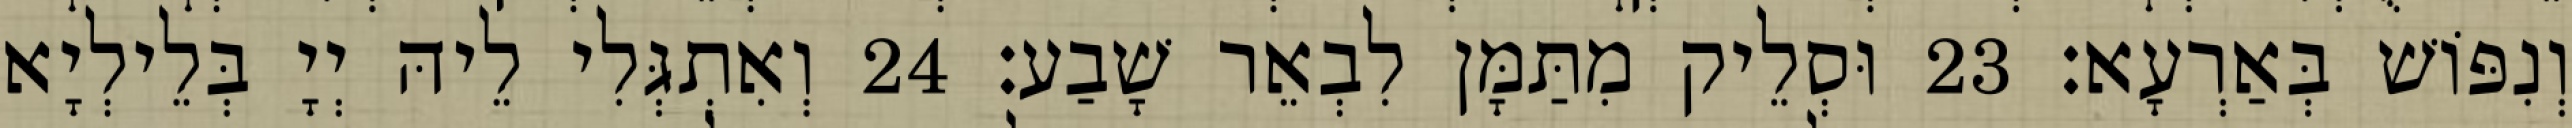
וְנִפּוֹשׁ בְּאַרְעָא׃ 23 וּסְלֵיק מִתַּמָּן לִבְאֵר שָׁבַע׃ 24 וְאִתְגְּלִי לֵיהּ יְיָ בְּלֵילְיָא